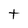
Character: t